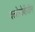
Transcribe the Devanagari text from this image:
क्लोरोबेंज़ीन